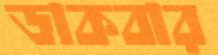
ডাকবার